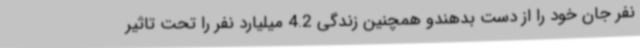
نفر جان خود را از دست بدهندو همچنین زندگی 4.2 میلیارد نفر را تحت تاثیر